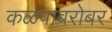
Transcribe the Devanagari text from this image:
कळपाबरोबर